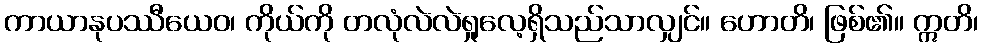
ကာယာနုပဿီယေဝ၊ ကိုယ်ကို တလုံလဲလဲရှုလေ့ရှိသည်သာလျှင်။ ဟောတိ၊ ဖြစ်၏။ ဣတိ၊